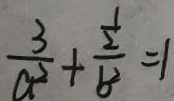
\frac { 3 } { a ^ { 2 } } + \frac { \frac { 1 } { 2 } } { b ^ { 2 } } = 1